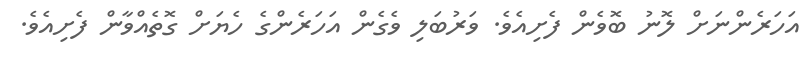
އަހަރެންނަށް ލޮނު ބޮވެން ފެށިއެވެ. ވަރުބަލި ވެގެން އަހަރެންގެ ހެޔަށް ގޮތެއްވާން ފެށިއެވެ.